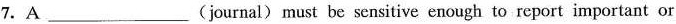
7.A ___ (journal) must be sensitive enough to report important or